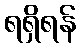
ရရှိရန်